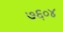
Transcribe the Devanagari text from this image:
७६०४